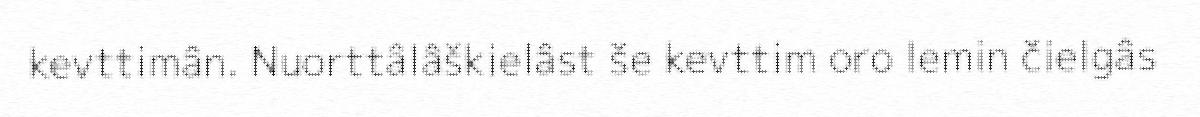
kevttimân. Nuorttâlâškielâst še kevttim oro lemin čielgâs